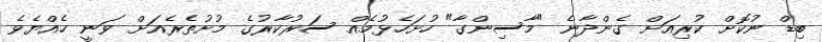
ބިޑް ނުކޮށް ކުރިއަށް ގެންދާނެ "މާސިންގާ" ހުށަހެޅުމެއް ސަރުކާރުގެ މުށުތެރެއަށް ވަނީ ހެއްޔެވެ